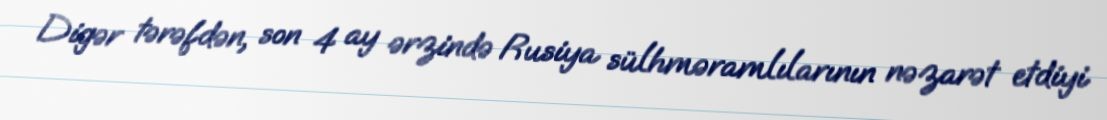
Digər tərəfdən, son 4 ay ərzində Rusiya sülhməramlılarının nəzarət etdiyi